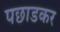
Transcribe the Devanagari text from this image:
पछाडकर